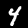
Label: 4